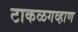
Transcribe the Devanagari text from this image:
टाकळगव्हाण